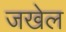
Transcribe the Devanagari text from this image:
जखेल